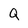
Character: Q